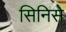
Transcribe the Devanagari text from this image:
सिनिसे